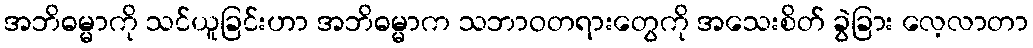
အဘိဓမ္မာကို သင်ယူခြင်းဟာ အဘိဓမ္မာက သဘာဝတရားတွေကို အသေးစိတ် ခွဲခြား လေ့လာတာ